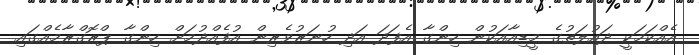
އެއްކަމަކީ ދައުލަތުގެ މީޑިއާއަކުން ހިންގާ އެފަދަ އަދި ހުނަރުވެރިން އުފެއްދުމަށް ހިންގާ ޕްރޮގްރާމެއްގައި